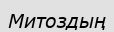
Митоздың